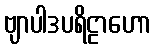
ဗျာပါဒပရိဠာဟော